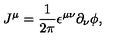
J ^ { \mu } = \frac { 1 } { 2 \pi } \epsilon ^ { \mu \nu } \partial _ { \nu } \phi ,